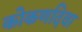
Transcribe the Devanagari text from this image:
कोकणदिवा